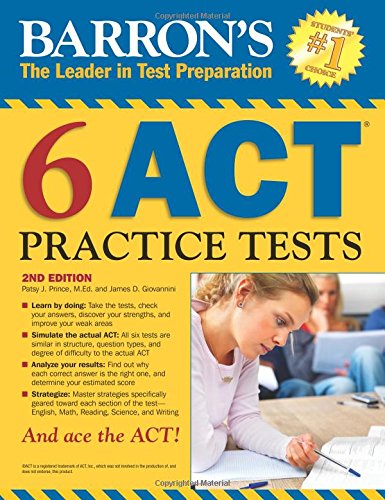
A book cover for Barron's 6 ACT Practice Tests, 2nd Edition; Patsy J. Prince  M.Ed.; Test Preparation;